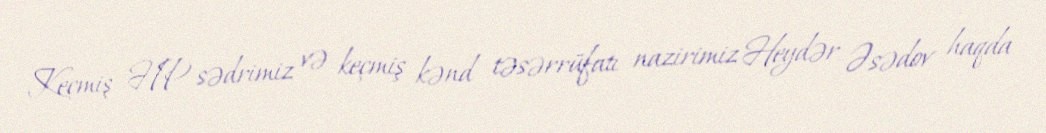
Keçmiş HP sədrimiz və keçmiş kənd təsərrüfatı nazirimiz Heydər Əsədov haqda